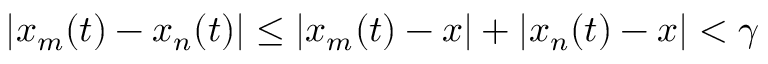
| x _ { m } ( t ) - x _ { n } ( t ) | \leq | x _ { m } ( t ) - x | + | x _ { n } ( t ) - x | < \gamma